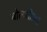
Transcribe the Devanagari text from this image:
बोलशील॥